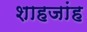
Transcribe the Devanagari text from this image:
शाहजांह